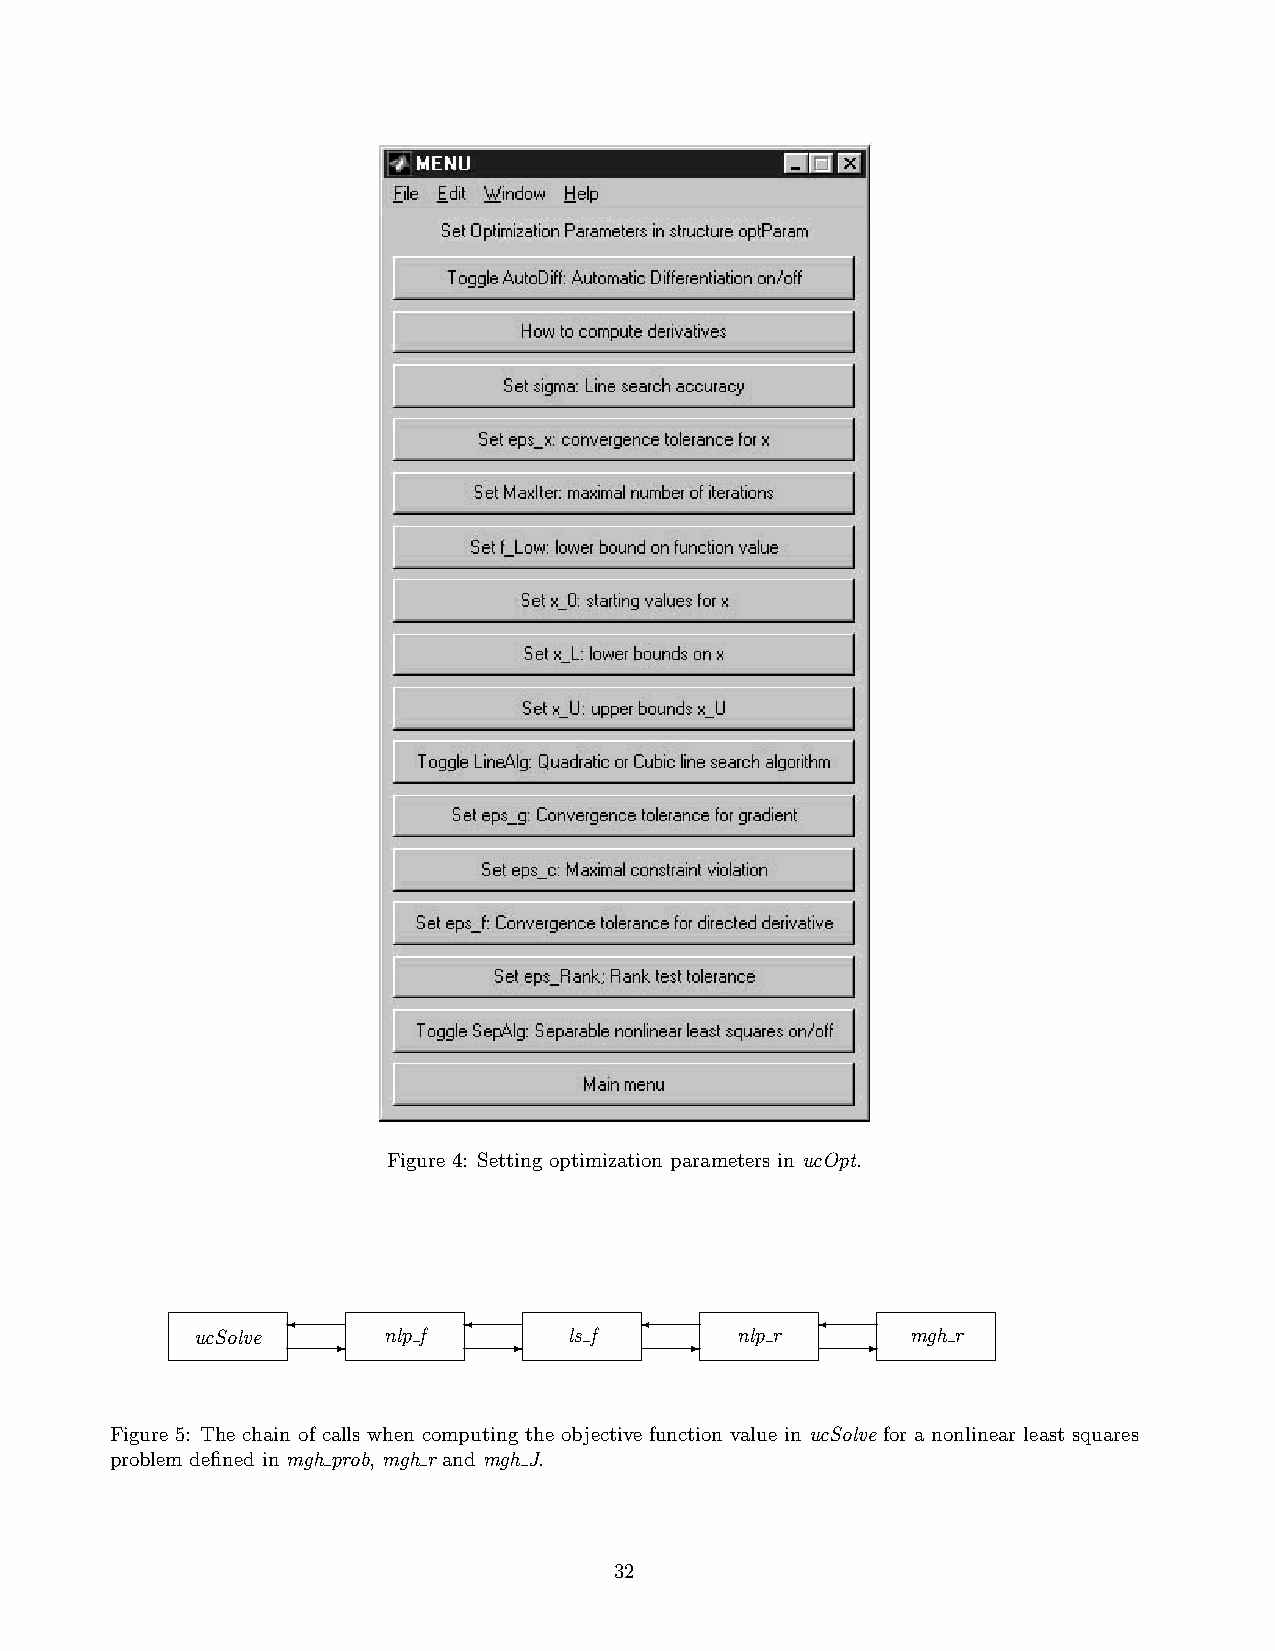
Figure 4: Setting optimization parameters in ucOpt.
 ✛           ✛          ✛           ✛
 ucSolve  ✲  nlp f   ✲    ls f   ✲   nlp r   ✲  mgh r
 Figure 5: The chain of calls when computing the objective function value in ucSolve for a nonlinear least squares
 problem defined in mgh prob, mgh r and mgh J.
 32